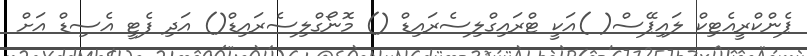
ޕެންކްރީއެޓިކް ލައިޕޭސް( )އަކީ ޓްރައިގްލިސެރައިޑް () މޮނޯގްލިސެރައިޑް() އަދި ފެޓީ އެސިޑް އަށް